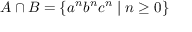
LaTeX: A \cap B = \{ a ^ { n } b ^ { n } c ^ { n } \mid n \geq 0 \}